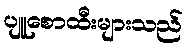
ပျူစောထီးများသည်